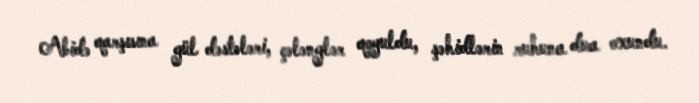
Abidə qarşısına gül dəstələri, çələnglər qoyuldu, şəhidlərin ruhuna dua oxundu.